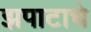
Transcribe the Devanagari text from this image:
झपाटाचे